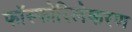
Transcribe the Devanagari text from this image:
फॉस्फोरिलेकरण